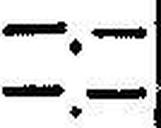
—.—